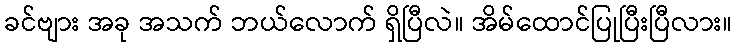
ခင်ဗျား အခု အသက် ဘယ်လောက် ရှိပြီလဲ။ အိမ်ထောင်ပြုပြီးပြီလား။